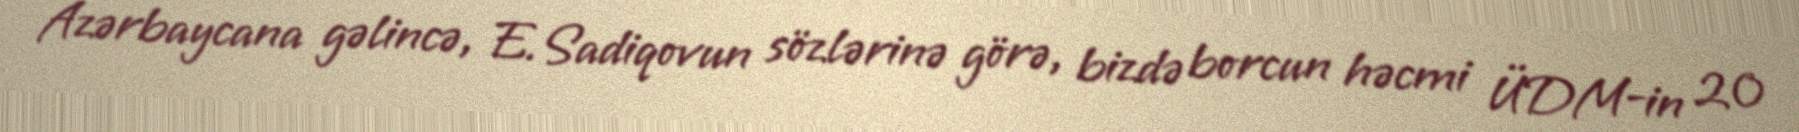
Azərbaycana gəlincə, E.Sadiqovun sözlərinə görə, bizdə borcun həcmi ÜDM-in 20